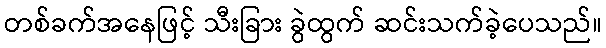
တစ်ခက်အနေဖြင့် သီးခြား ခွဲထွက် ဆင်းသက်ခဲ့ပေသည်။